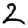
Digit: 2